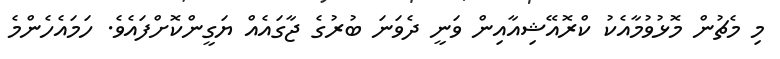
މި މެޗުން މޮޅުވުމާއެކު ކްރޮއޭޝިއާއިން ވަނީ ދެވަނަ ބުރުގެ ޖާގައެއް ޔަގީންކޮށްފައެވެ. ހަމައެހެންމެ